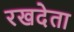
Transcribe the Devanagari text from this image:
रखदेता